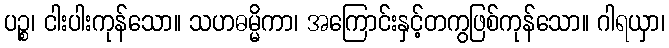
ပဉ္စ၊ ငါးပါးကုန်သော။ သဟဓမ္မိကာ၊ အကြောင်းနှင့်တကွဖြစ်ကုန်သော။ ဂါရယှာ၊